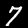
Label: 7